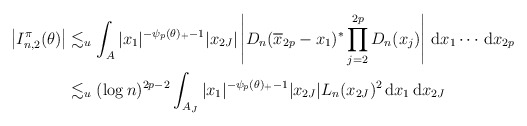
\begin{align*}\left|I_{n,2}^{\pi}(\theta)\right|&\lesssim_{u}\int_{A}|x_{1}|^{-\psi_{p}(\theta)_{+}-1}|x_{2J}|\left|D_{n}(\overline{x}_{2p}-x_{1})^{\ast}\prod_{j=2}^{2p}D_{n}(x_{j})\right|\,\mathrm{d}x_{1}\cdots\,\mathrm{d}x_{2p}\\&\lesssim_{u}(\log{n})^{2p-2}\int_{A_{J}}|x_{1}|^{-\psi_{p}(\theta)_{+}-1}|x_{2J}|L_{n}(x_{2J})^{2}\,\mathrm{d}x_{1}\,\mathrm{d}x_{2J}\end{align*}